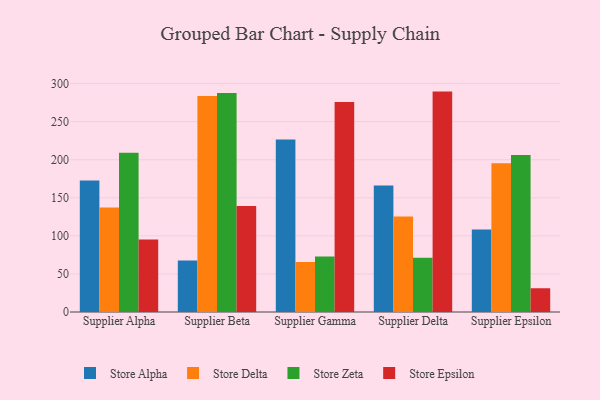
{"axis": {"x": "Supplier", "y": "Demand Index"}, "legend": ["Store Alpha", "Store Delta", "Store Epsilon", "Store Zeta"], "data": [{"x": "Supplier Alpha", "y": 172.7, "type": "Store Alpha"}, {"x": "Supplier Alpha", "y": 137.2, "type": "Store Delta"}, {"x": "Supplier Alpha", "y": 209.2, "type": "Store Zeta"}, {"x": "Supplier Alpha", "y": 95.3, "type": "Store Epsilon"}, {"x": "Supplier Beta", "y": 67.5, "type": "Store Alpha"}, {"x": "Supplier Beta", "y": 283.8, "type": "Store Delta"}, {"x": "Supplier Beta", "y": 287.8, "type": "Store Zeta"}, {"x": "Supplier Beta", "y": 139.2, "type": "Store Epsilon"}, {"x": "Supplier Gamma", "y": 226.7, "type": "Store Alpha"}, {"x": "Supplier Gamma", "y": 65.7, "type": "Store Delta"}, {"x": "Supplier Gamma", "y": 73.0, "type": "Store Zeta"}, {"x": "Supplier Gamma", "y": 275.8, "type": "Store Epsilon"}, {"x": "Supplier Delta", "y": 166.0, "type": "Store Alpha"}, {"x": "Supplier Delta", "y": 125.5, "type": "Store Delta"}, {"x": "Supplier Delta", "y": 71.4, "type": "Store Zeta"}, {"x": "Supplier Delta", "y": 289.5, "type": "Store Epsilon"}, {"x": "Supplier Epsilon", "y": 108.3, "type": "Store Alpha"}, {"x": "Supplier Epsilon", "y": 195.4, "type": "Store Delta"}, {"x": "Supplier Epsilon", "y": 206.2, "type": "Store Zeta"}, {"x": "Supplier Epsilon", "y": 31.2, "type": "Store Epsilon"}]}